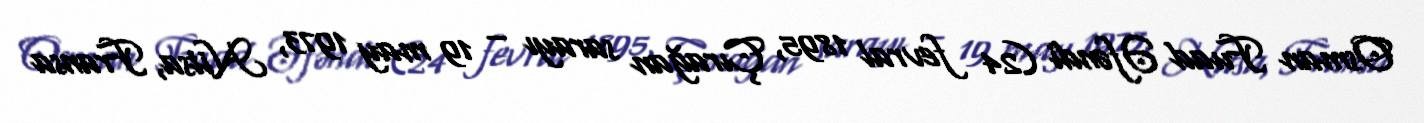
Osman Fuad Əfəndi (24 fevral 1895, Çırağan sarayı – 19 may 1973, Nitsa, Fransa